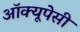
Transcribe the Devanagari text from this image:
अॉक्यूपेसी